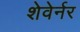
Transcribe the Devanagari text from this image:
शेवेर्नर